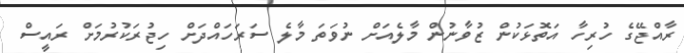
ރާއްޖޭގެ ހުރިހާ އަތޮޅަކުން ޒުވާނުން މާލެއަށް ނުވަތަ މާލެ ސަރަހައްދަށް ހިޖުރަކުރުމަށް ރައީސް